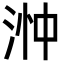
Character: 浺